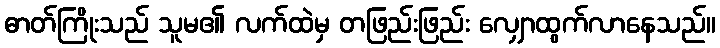
ဓာတ်ကြိုးသည် သူမ၏ လက်ထဲမှ တဖြည်းဖြည်း လျှောထွက်လာနေသည်။